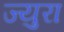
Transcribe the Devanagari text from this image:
ज्युरा